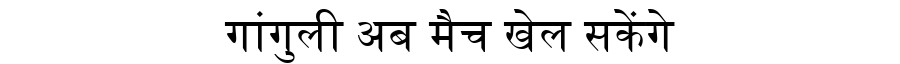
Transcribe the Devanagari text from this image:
गांगुली अब मैच खेल सकेंगे